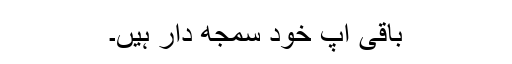
باقی آپ خود سمجھ دار ہیں۔